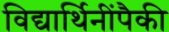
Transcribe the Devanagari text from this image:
विद्यार्थिनींपैकी